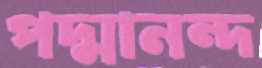
পদ্মানন্দ